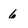
Character: 6